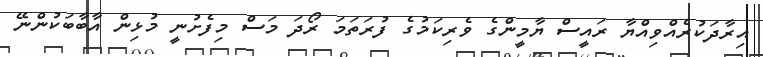
އިރާދަކުރެއްވިއްޔާ ރައީސް ޔާމީންގެ ވެރިކަމުގެ ފުރަތަމަ ރޯދަ މަސް މިފެށުނީ މުޅިން އާބާބަކުންނޭ